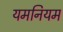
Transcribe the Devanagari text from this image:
यमनियम